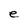
Character: e